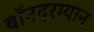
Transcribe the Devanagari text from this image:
बॉनदरम्यान